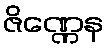
ဇိဏ္ဏေန